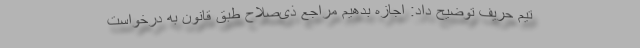
تیم حریف توضیح داد:‌ اجازه بدهیم مراجع ذی‌صلاح طبق قانون به درخواست